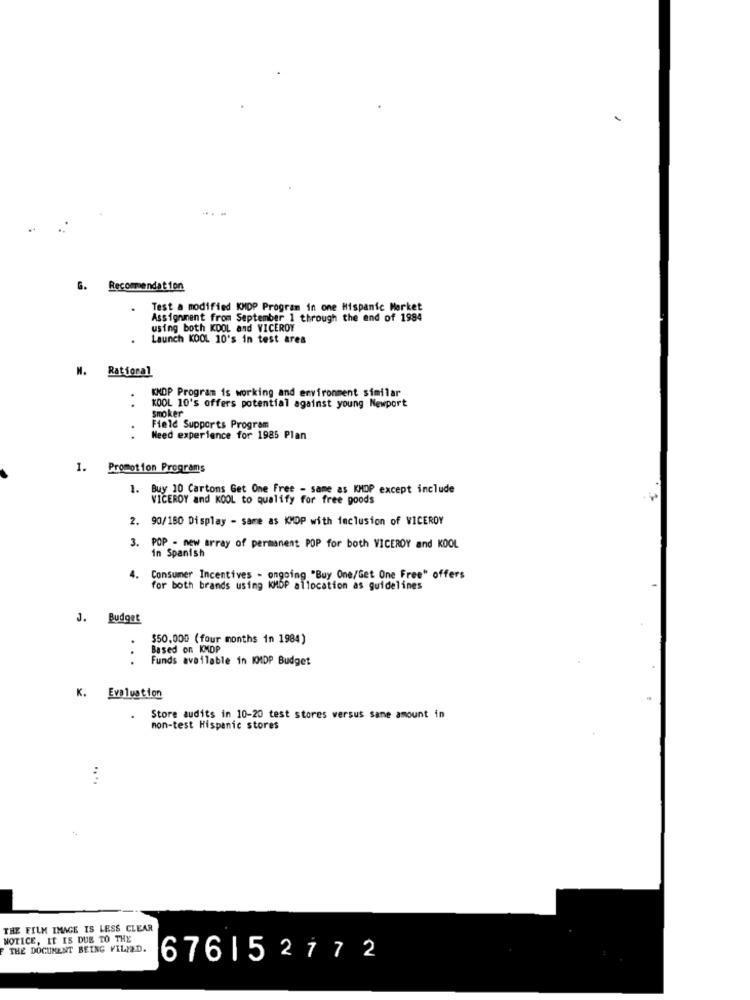
G. Recommendation
Test a modified KMDP Program in one Hispanic Market
Assignment from September 1 through the end of 1994
using both KDOL and VICEROY
Launch KOOL 10's in test area
N. Rational
KNOP Program is working and environment similar
..
KOOL 10's offers potential against young Newport
smoker
Field Supports Program
..
Meed experience for 1985 Plan
1. Promotion Programs
1. Buy 10 Cartons Get One Free - same as KMDP except include
VICEROY and KOOL to qualify for free goods
2. 90/150 Display - same as KMDP with inclusion of VICEROY
3. POP - new array of permanent POP for both VICERDY and KOOL
in Spanish
4.
Consumer Incentives - ongoing "Buy One/Get One Free" offers
for both brands using KMDP allocation as guidelines
J. Budget
$50.000 (four months in 1984)
Based on KMDP
...
Funds available in KMDP Budget
K. Evaluation
.
Store audits in 10-20 test stores versus same amount in
mon-test Hispanic stores
...
THE FILM IMAGE IS LESS CLEAR
NOTICE, IT IS DUE TO THE
F THE DOCUMENT BEING FILLED.
676152772